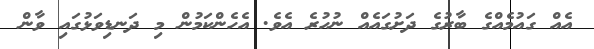
އެއް ގައުމެއްގެ ބާރުގެ ދަށުގައެއް ނުހުރެ އެވެ. އެހެންކަމުން މި ދަނޑިވަޅުގައި ވާން